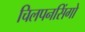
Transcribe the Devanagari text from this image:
चिलपनसिंगो